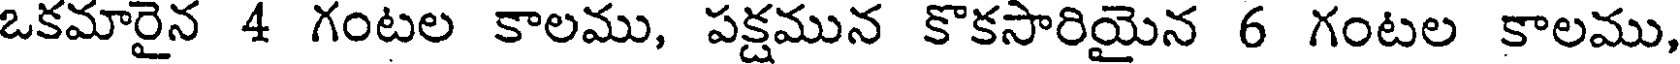
ఒకమారైన 4 గంటల కాలము, పక్షమున కొకసారియైన 6 గంటల కాలము,